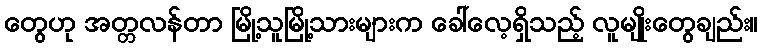
တွေဟု အတ္တလန်တာ မြို့သူမြို့သားများက ခေါ်လေ့ရှိသည့် လူမျိုးတွေချည်း။